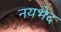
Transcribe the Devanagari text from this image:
नयभेद